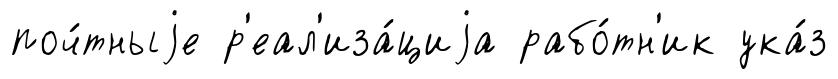
поч́тныjе р'еал'иза́циjа рабо́тн'ик ука́з